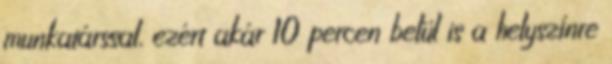
munkatárssal, ezért akár 10 percen belül is a helyszínre